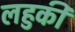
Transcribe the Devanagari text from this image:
लहुकी